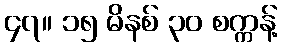
၄၇။ ၁၅ မိနစ် ၃၀ စက္ကန့်